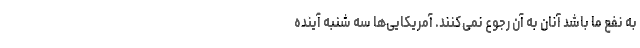
به نفع ما باشد آنان به آن رجوع نمی‌کنند. آمریکایی‌ها سه شنبه آینده